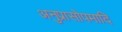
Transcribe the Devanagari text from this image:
अनुप्रासोपमादि